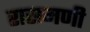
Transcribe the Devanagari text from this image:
रासमणी